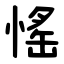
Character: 愮